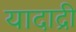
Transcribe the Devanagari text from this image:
यादाद्री